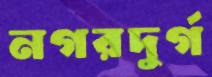
নগরদুর্গ